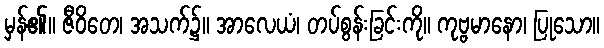
မှန်၏။ ဇီဝိတေ၊ အသက်၌။ အာလေယံ၊ တပ်စွန်းခြင်းကို။ ကုဗ္ဗမာနော၊ ပြုသော။